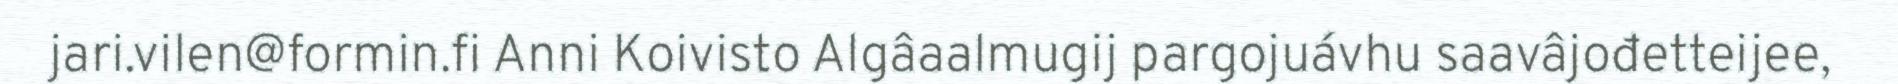
jari.vilen@formin.fi Anni Koivisto Algâaalmugij pargojuávhu saavâjođetteijee,